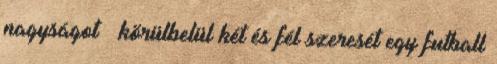
nagyságot – körülbelül két és fél szeresét egy futball